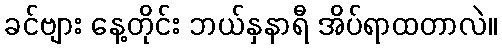
ခင်ဗျား နေ့တိုင်း ဘယ်နှနာရီ အိပ်ရာထတာလဲ။